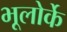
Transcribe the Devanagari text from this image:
भूलोर्के